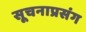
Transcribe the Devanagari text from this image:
सूचनाप्रसंग